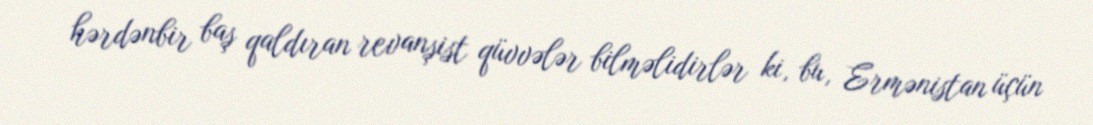
hərdənbir baş qaldıran revanşist qüvvələr bilməlidirlər ki, bu, Ermənistan üçün